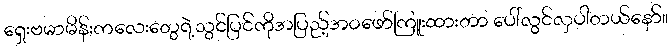
ရှေးဗမာမိန်းကလေးတွေရဲ့သွင်ပြင်ကိုအပြည့်အဝဖော်ကြူးထားတာ ပေါ်လွင်လှပါတယ်နော်။